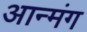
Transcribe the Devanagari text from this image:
आन्मंग